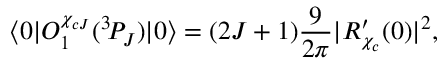
\langle 0 | { \cal O } _ { 1 } ^ { \chi _ { c J } } ( { } ^ { 3 } \! P _ { J } ) | 0 \rangle = ( 2 J + 1 ) \frac { 9 } { 2 \pi } | R _ { \chi _ { c } } ^ { \prime } ( 0 ) | ^ { 2 } ,